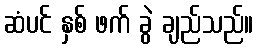
ဆံပင် နှစ် ဖက် ခွဲ ချည်သည်။